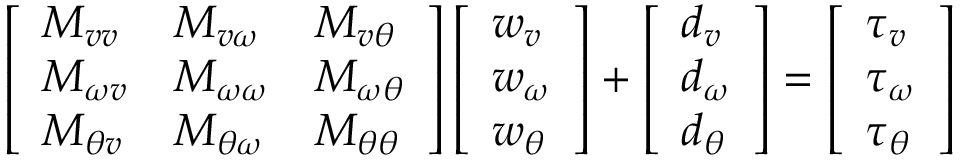
\left[ \begin{array} { l l l } { M _ { v v } } & { M _ { v \omega } } & { M _ { v \theta } } \\ { M _ { \omega v } } & { M _ { \omega \omega } } & { M _ { \omega \theta } } \\ { M _ { \theta v } } & { M _ { \theta \omega } } & { M _ { \theta \theta } } \end{array} \right] \left[ \begin{array} { l } { w _ { v } } \\ { w _ { \omega } } \\ { w _ { \theta } } \end{array} \right] + \left[ \begin{array} { l } { d _ { v } } \\ { d _ { \omega } } \\ { d _ { \theta } } \end{array} \right] = \left[ \begin{array} { l } { \tau _ { v } } \\ { \tau _ { \omega } } \\ { \tau _ { \theta } } \end{array} \right]